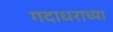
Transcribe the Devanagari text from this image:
गदाधराच्या